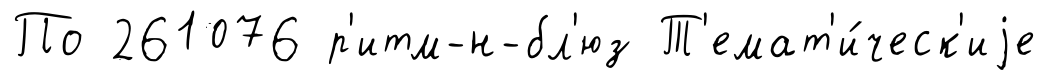
По 261076 р'итм-н-бл'юз Т'емат'и́ческ'иjе